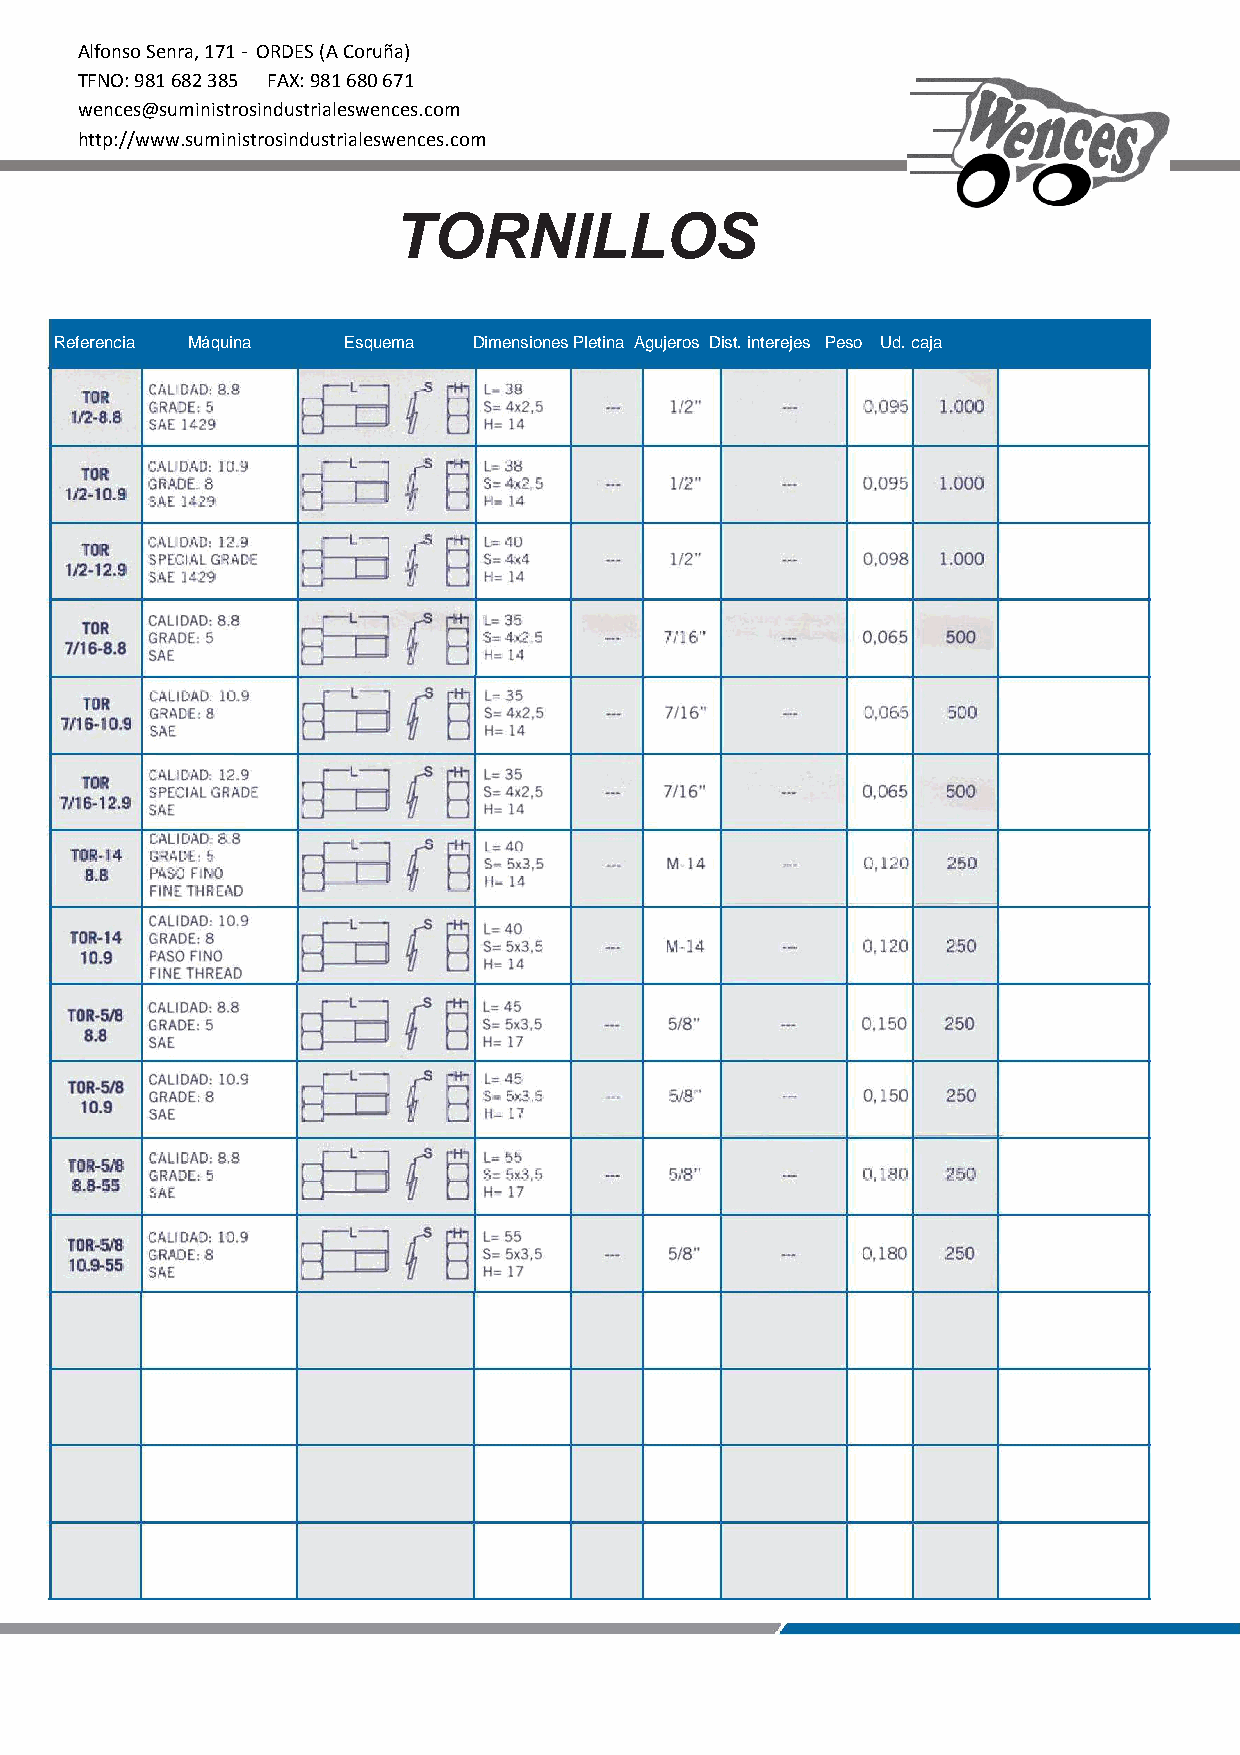
Alfonso Senra, 171 - ORDES (A Coruña)
 TFNO: 981 682 385 FAX: 981 680 671
 wences@suministrosindustrialeswences.com
 http://www.suministrosindustrialeswences.com
 TORNILLOS
 Referencia Máquina Esquema Dimensiones Pletina Agujeros Dist. interejes Peso Ud. caja